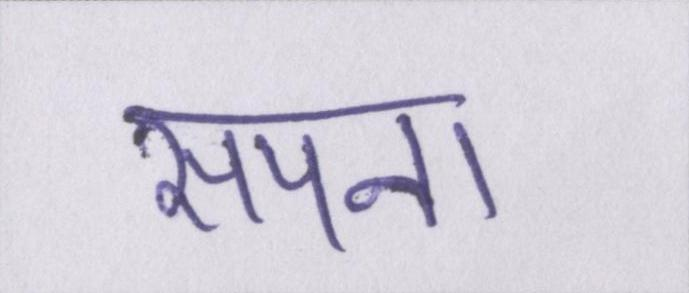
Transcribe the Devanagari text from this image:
सपना